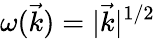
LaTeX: \omega(\vec{k})=|\vec{k}|^{1/2}